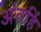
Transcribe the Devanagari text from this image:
अंतहिं